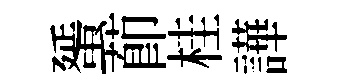
蜑莭桂譁